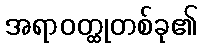
အရာဝတ္ထုတစ်ခု၏